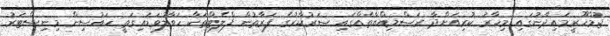
ޖުމްހޫރީމައިދާނުގައި މިހާރު ކުރިއަށްދާ ރަސްމިއްޔާތެއްގައި ސަރުކާރުގެ ފަރާތުން ފްލެޓްތަކާ ހަވާލުވަޑައިގަތީ ހައުސިން މިނިސްޓަރު